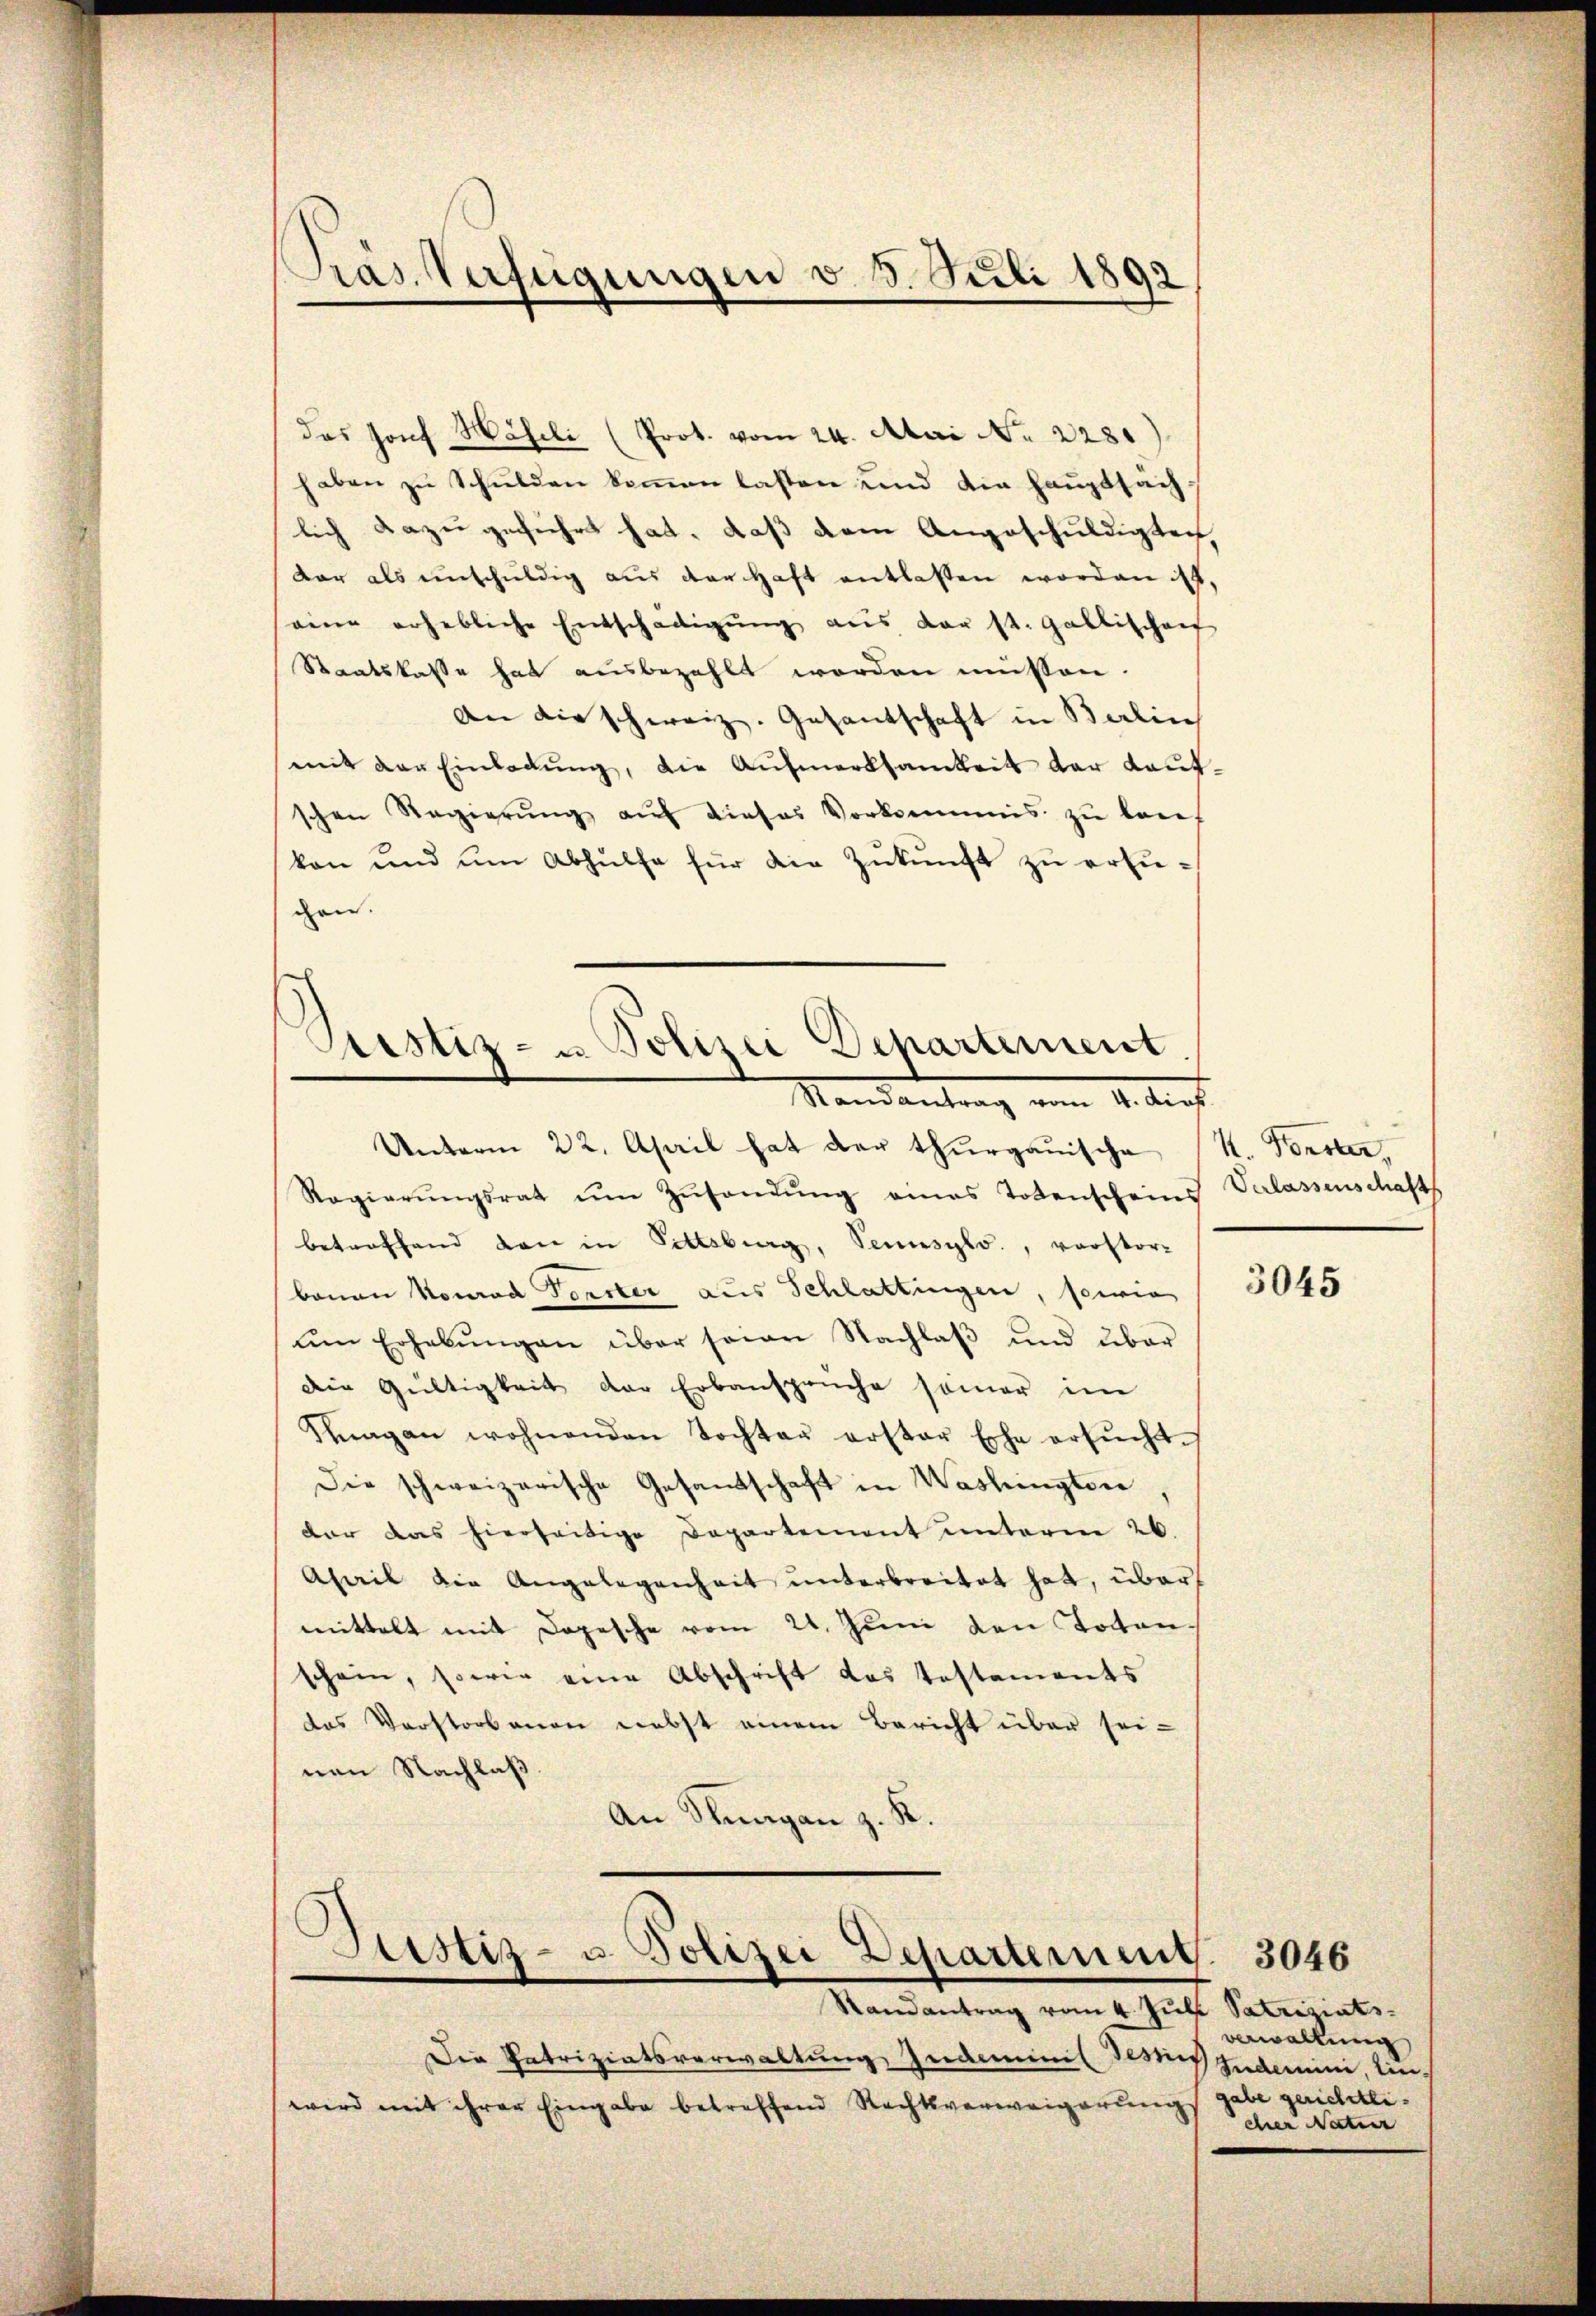
Pras Verfügungen v. 3. Juli 1892

das 13x Dorf Häfeli (Prot. vom 24. Mai No 2281)
haben zu Schulden kommen lassen und die Hauptsachlich dazu geführt hat, daß dem Angeschuldigten,
dar als einschŭldig aus der Haft entlassen worden ist,
eine erhebliche Entschädigŭng aus der st. Gallischenf
Staatskasse hat ausbezahlt worden müssen.
An die schweiz. Gesantschaft in Berlin
mit der Einladŭng, die Aŭfmerksamkeit der Kauf
schen Regierŭng aŭf dieses Vorkommis zŭ kauf
kon und ŭm Abhülfe für die Zukunft zu ersuchen.
Unterm 22. April hat der thurgauische
Regierŭngsrat ŭm Zŭsendŭng eines Totenscheins Verlassenschafts
betreffend den in Pittsburg, Sennsyls., verstor-
bonen Konrad Forster aus Schlattingen, sowie
ŭm Erhebŭngen über seine Nachlaβ und über
Die Gültigkeit der Erbansprüche samer im
Knagan wohnenden Tochtaŭ erster Ehe ersŭcht.
Die schweizerische Gesandtschaft in Washingten
dar das hierseitige Departement unterm 26.
Ahail die Angelegenheit unterbreitet hat, über
mittelt mit Depesche vom 21. Juni den Totenschein, sowie eine Abschrift das Testaments
das Verstorbenen nebst einem Bericht über sei-
nen Nachlaß.
An Stungen z. K.

Pristiz- u Polizei Departement
Randantrag vom 4. Auft

Sistiz- u. Polizei Departerung
Randantrag vom 4. Juli Patriziats-

Die Patriziatsverwaltung, Indeminis Tessins
wird mit ihrer Eingabe betreffend Rechtsverweigerung

k. Forster,

3045

verwaltung
Seederini, lie-
gabe gerichtlicher Natur

3046